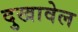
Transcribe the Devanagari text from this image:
दुखावेल